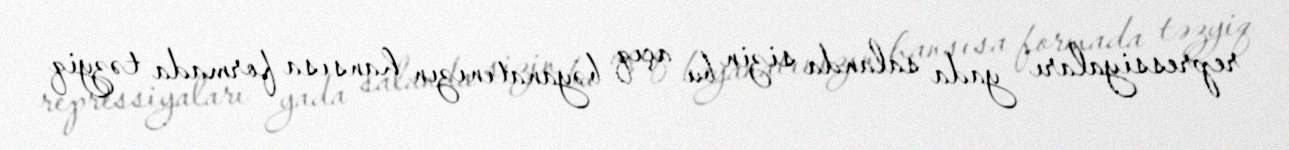
repressiyaları yada salanda sizin bu açıq bəyanatınızın hansısa formada təzyiq